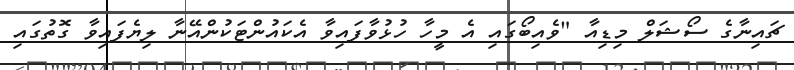
ޗައިނާގެ ސޯޝަލް މިޑިއާ "ވެއިބޯގައި އެ މީހާ ހުޅުވާފައިވާ އެކައުންޓަކުންއޭނާ ލިޔެފައިވާ ގޮތުގައި